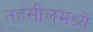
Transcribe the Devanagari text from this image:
तहसीलमध्ये